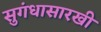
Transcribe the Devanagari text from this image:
सुगंधासारखी